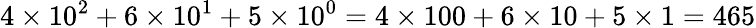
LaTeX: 4\times 10^{2}+6\times 10^{1}+5\times 10^{0}=4\times 100+6\times 10+5\times 1=465